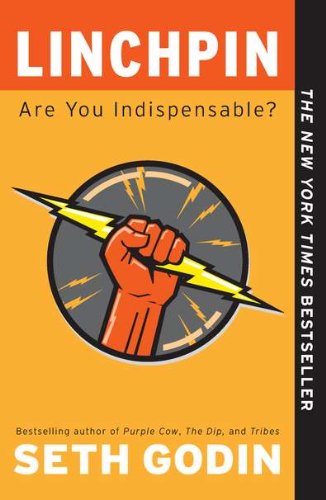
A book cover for Linchpin: Are You Indispensable?; Seth Godin; Health, Fitness & Dieting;